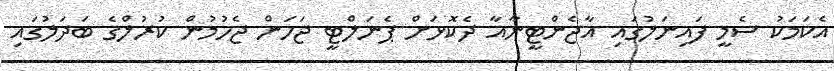
އެކަމަކު ސެމީ ފައިނަލުގައި އާޖެންޓީނާއާ ދެކޮޅަށް ޕެނަލްޓީ ޖަހަން ޖެހުމުން ކުރުލްގެ ބަދަލުގައި